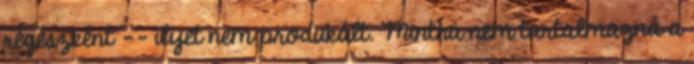
régészként -- ilyet nem produkált. Mintha nem tartalmazná a